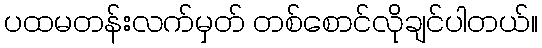
ပထမတန်းလက်မှတ် တစ်စောင်လိုချင်ပါတယ်။